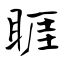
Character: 睚